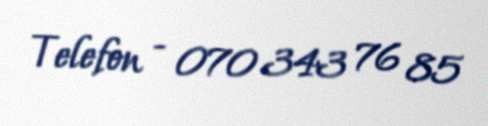
Telefon - 070 343 76 85